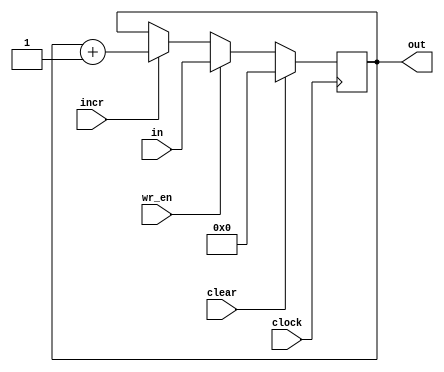
module Pc_reg(in,incr,clock,wr_en,clear,out);


input [15:0]in;
input wr_en,incr,clock,clear;
output reg [15:0]out;

initial begin
		out<=0;
	end

always@(posedge clock)begin
	if(clear)
		out<=0;
	else if (wr_en)
		out<=in;
	else if(incr)
		out<=out+1;
	else
		out<=out;
end

endmodule